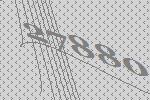
27880